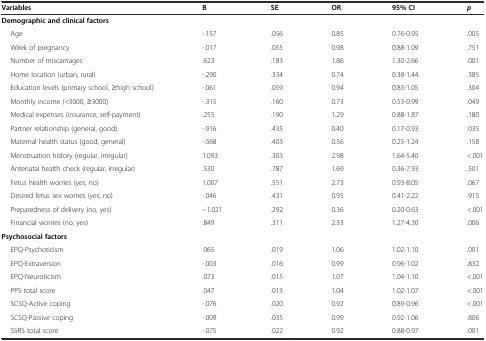
<table><thead><tr><td><b>Variables</b></td><td><b>B</b></td><td><b>SE</b></td><td><b>OR</b></td><td><b>95% CI</b></td><td><b><i>p</i></b></td></tr></thead><tbody><tr><td><b>Demographic and clinical factors</b></td><td></td><td></td><td></td><td></td><td></td></tr><tr><td>Age</td><td>-.157</td><td>.056</td><td>0.85</td><td>0.76-0.95</td><td>.005</td></tr><tr><td>Week of pregnancy</td><td>-.017</td><td>.055</td><td>0.98</td><td>0.88-1.09</td><td>.751</td></tr><tr><td>Number of miscarriages</td><td>.623</td><td>.183</td><td>1.86</td><td>1.30-2.66</td><td>.001</td></tr><tr><td>Home location (urban, rural)</td><td>-.290</td><td>.334</td><td>0.74</td><td>0.38-1.44</td><td>.385</td></tr><tr><td>Education levels (primary school, ≥high school)</td><td>-.061</td><td>.059</td><td>0.94</td><td>0.83-1.05</td><td>.304</td></tr><tr><td>Monthly income (&lt;3000, ≥3000)</td><td>-.315</td><td>.160</td><td>0.73</td><td>0.53-0.99</td><td>.049</td></tr><tr><td>Medical expenses (insurance, self-payment)</td><td>.255</td><td>.190</td><td>1.29</td><td>0.88-1.87</td><td>.180</td></tr><tr><td>Partner relationship (general, good)</td><td>-.916</td><td>.435</td><td>0.40</td><td>0.17-0.93</td><td>.035</td></tr><tr><td>Maternal health status (good, general)</td><td>-.568</td><td>.403</td><td>0.56</td><td>0.25-1.24</td><td>.158</td></tr><tr><td>Menstruation history (regular, irregular)</td><td>1.093</td><td>.303</td><td>2.98</td><td>1.64-5.40</td><td>&lt;.001</td></tr><tr><td>Antenatal health check (regular, irregular)</td><td>.530</td><td>.787</td><td>1.69</td><td>0.36-7.93</td><td>.501</td></tr><tr><td>Fetus health worries (yes, no)</td><td>1.007</td><td>.551</td><td>2.73</td><td>0.93-8.05</td><td>.067</td></tr><tr><td>Desired fetus sex worries (yes, no)</td><td>-.046</td><td>.431</td><td>0.95</td><td>0.41-2.22</td><td>.915</td></tr><tr><td>Preparedness of delivery (no, yes)</td><td>−1.021</td><td>.292</td><td>0.36</td><td>0.20-0.63</td><td>&lt;.001</td></tr><tr><td>Financial worries (no, yes)</td><td>.849</td><td>.311</td><td>2.33</td><td>1.27-4.30</td><td>.006</td></tr><tr><td><b>Psychosocial factors</b></td><td></td><td></td><td></td><td></td><td></td></tr><tr><td>EPQ-Psychoticism</td><td>.065</td><td>.019</td><td>1.06</td><td>1.02-1.10</td><td>.001</td></tr><tr><td>EPQ-Extraversion</td><td>-.003</td><td>.016</td><td>0.99</td><td>0.96-1.02</td><td>.832</td></tr><tr><td>EPQ-Neuroticism</td><td>.073</td><td>.015</td><td>1.07</td><td>1.04-1.10</td><td>&lt;.001</td></tr><tr><td>PPS total score</td><td>.047</td><td>.013</td><td>1.04</td><td>1.02-1.07</td><td>&lt;.001</td></tr><tr><td>SCSQ-Active coping</td><td>-.076</td><td>.020</td><td>0.92</td><td>0.89-0.96</td><td>&lt;.001</td></tr><tr><td>SCSQ-Passive coping</td><td>-.009</td><td>.035</td><td>0.99</td><td>0.92-1.06</td><td>.806</td></tr><tr><td>SSRS total score</td><td>-.075</td><td>.022</td><td>0.92</td><td>0.88-0.97</td><td>.001</td></tr></tbody></table>